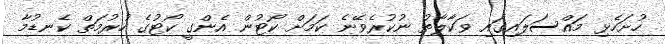
ހުށަހެޅި މައްސަލައިގައި ވަކާލާތު ނުކުރެވޭނެ ކަމަށް ކޯޓުން އެންގީ ކޯޓުގެ ހުރުމަތް ކެނޑުމާ